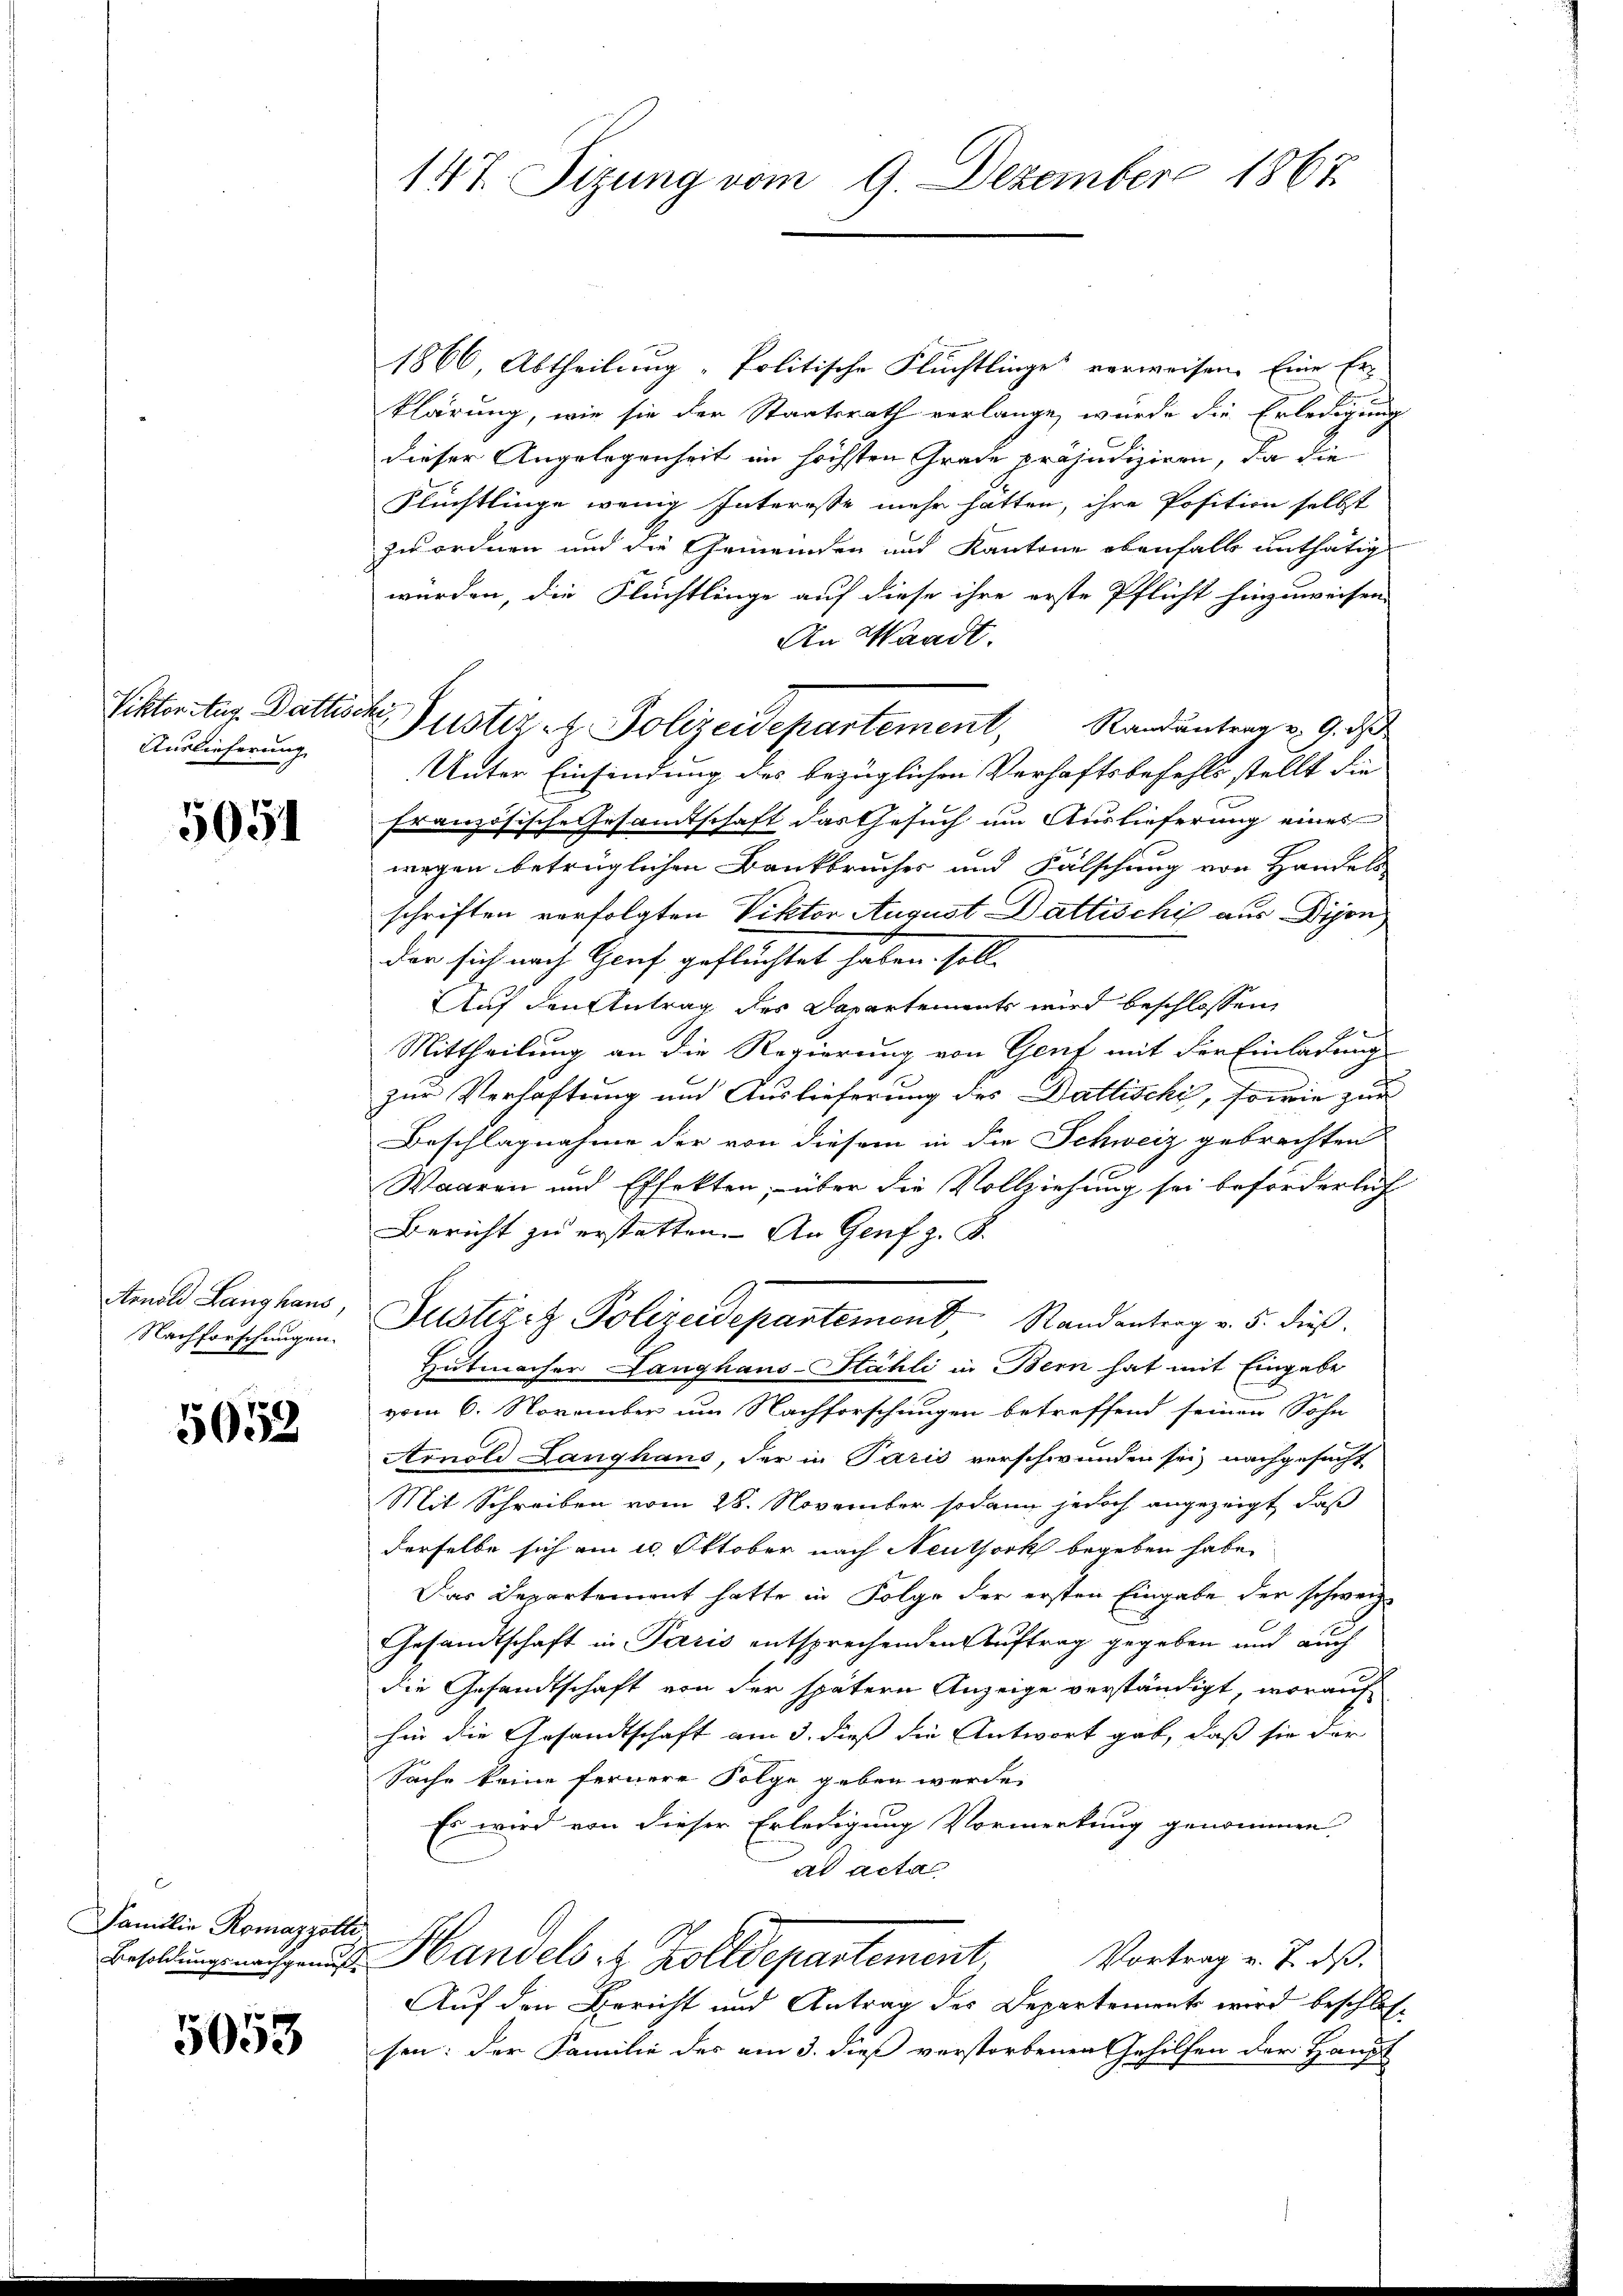
Auslieferung.

5051

Arnold Langhaus,
Nachforschungen.

5052

Familie Romazzotti

5053

147. Sitzung vom 9. Dezember 1867

1866, Abtheilung "Politische Flüchtlinge verweisen. Eine Erklärung, wie sie der Staatsrath verlange, wurde die Erledigung
dieser Angelegenheit im höchsten Grade präjudiziren, da die
Flüchtlinge wenig Interesse mehr hätten, ihre Position selbst
zu ordnen und die Gemeinden und Kantone ebenfalls enthätig
würden, die Flüchtlinge auf diese ihre erste Pflicht hinzuweisen.
An Waadt.
Unter Einfindung des bezüglichen Verhaftsbefehls stellt die
französische Gesamtschaft das Gesuch um Auslieferung eines
wegen betrüglichen Bankbruches und Fälschung von Handels
schriften verfolgten Viktor August Dattischi aus Dien
der sich nach Genf geflüchtet haben soll.
Auf den Antrag des Dapartements wird beschlossen
E
Mittheilung an die Regierung von Genf mit der Einladung
zur Verhaftung und Auslieferung des Dathischi, sowie zur
Beschlagnahme der von diesem in die Schweiz gebrachten
Waaren und Effekten, – über die Vollziehung sei beförderlich
Bericht zu erstatten. An Genf z. B.
Justizit Polizeidepartement, Randantrag v. 5. dieß.
Hutmacher Langhaus-Stähli in Bern hat mit Eingabe
vom 6. November um Nachforschungen betreffend seinen Sohn
Arnold Langhaus, der in Paris verschwunden sei, nachgesucht
Mit Schreiben vom 28. November sodann jedoch angezeigt, daß
derselbe sich am 10. Oktober nach Neuthork begeben habe,
Das Departement hatte in Folge der ersten Eingabe der schweiz.
Gesandtschaft in Paris entsprechenden Auftrag gegeben und auch
die Gesandtschaft von der spätern Anzeige verständigt, worauf
hin die Gesandtschaft am 3. dieß die Antwort gab, daß sie der
Sache keine fernere Folge geben werde.
Es wird von dieser Erledigung Vormerkung genommen
ad acta
dŭng an Handels er Zolldepartement,
Vortrag v. J. dß.
Auf den Bericht und Antrag des Departement wird beschlossen: der Familie des am 3. dieß verstorbenen Gehilfen der Haupt

Ritter tag. Dattische Justiz et. Polizeidepartement, Randantrag v. 9. d